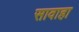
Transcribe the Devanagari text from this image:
सावाहा